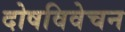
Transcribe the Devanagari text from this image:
दोषविवेचन